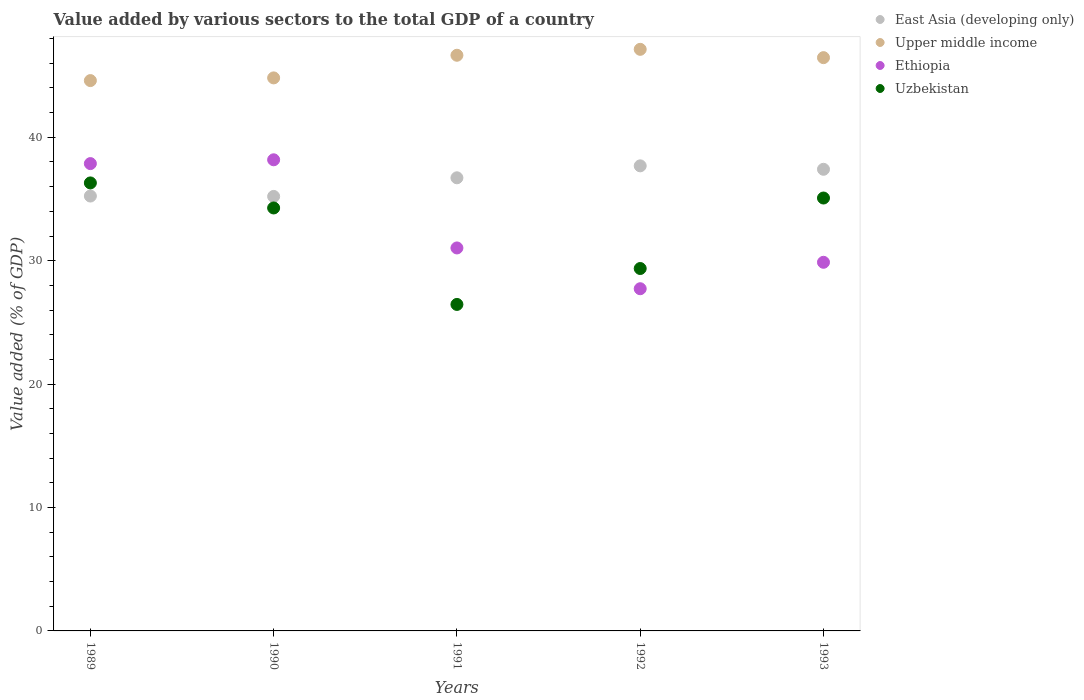
| Years | East Asia (developing only) | Upper middle income | Ethiopia | Uzbekistan |
 | --- | --- | --- | --- | --- |
 | 1989 | 35.2 | 44.6 | 37.9 | 36.3 |
 | 1990 | 35.2 | 44.8 | 38.2 | 34.3 |
 | 1991 | 36.7 | 46.6 | 31 | 26.5 |
 | 1992 | 37.7 | 47.1 | 27.7 | 29.4 |
 | 1993 | 37.4 | 46.5 | 29.9 | 35.1 |